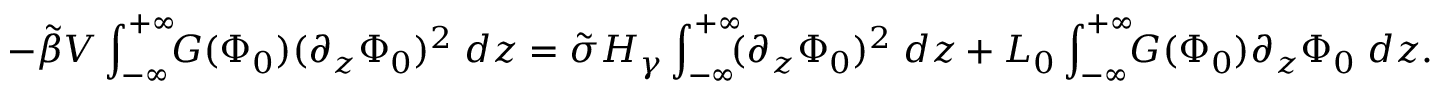
- \tilde { \beta } { \cal { V } } \int _ { - \infty } ^ { + \infty } \! \! G ( \Phi _ { 0 } ) ( \partial _ { z } \Phi _ { 0 } ) ^ { 2 } \; d z = \tilde { \sigma } { \cal { H } } _ { \gamma } \int _ { - \infty } ^ { + \infty } \! \! ( \partial _ { z } \Phi _ { 0 } ) ^ { 2 } \; d z + L _ { 0 } \int _ { - \infty } ^ { + \infty } \! \! G ( \Phi _ { 0 } ) \partial _ { z } \Phi _ { 0 } \; d z .